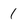
Character: 1